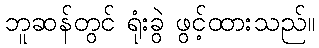
ဘူဆန်တွင် ရုံးခွဲ ဖွင့်ထားသည်။